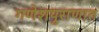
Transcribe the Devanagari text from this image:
गणेशपुराणात